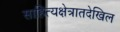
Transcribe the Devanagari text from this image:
साहित्यक्षेत्रातदेखिल